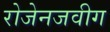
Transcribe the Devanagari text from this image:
रोजेनजवीग